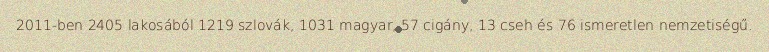
2011-ben 2405 lakosából 1219 szlovák, 1031 magyar, 57 cigány, 13 cseh és 76 ismeretlen nemzetiségű.